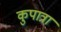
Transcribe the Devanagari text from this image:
कुपात्रा